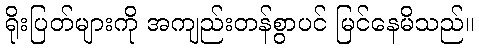
ရိုးပြတ်များကို အကျည်းတန်စွာပင် မြင်နေမိသည်။